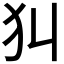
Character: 𤜟